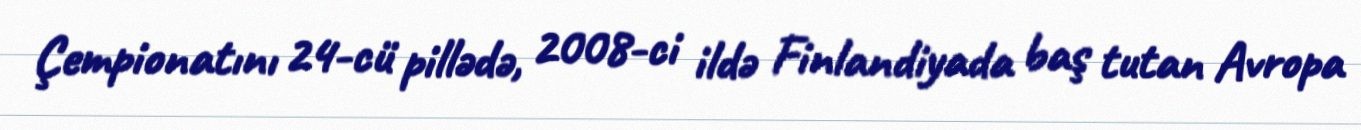
Çempionatını 24-cü pillədə, 2008-ci ildə Finlandiyada baş tutan Avropa